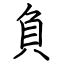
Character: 負